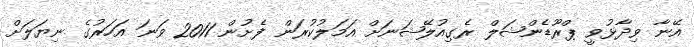
އޭނާ ވިދާޅުވީ ޕްރޫޑެންޝަލް ރެގިއުލޭޝަނަށް އަމަލުކުރަން ފެށުން 2011 ވަނަ އަހަރުގެ ނިޔަލަށް